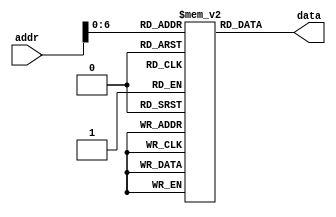
`timescale 1ns / 1ps
//////////////////////////////////////////////////////////////////////////////////
// Company: 
// Engineer: 
// 
// Design Name: 
// Module Name:    instruction 
// Project Name: 
// Target Devices: 
// Tool versions: 
// Description: 
//
// Dependencies: 
//
// Revision: 
// Revision 0.01 - File Created
// Additional Comments: 
//
//////////////////////////////////////////////////////////////////////////////////
module instruction(
input [31:0]addr,
output wire [31:0] data
    );
reg [31:0] IM [0:127];
	
	integer i=0;
	
	initial begin
	 for(i=0;i<32;i=i+1)
		begin
		 IM[i] =0;
		end
	   IM[100] = {16'b1000110000000001,16'b0};     // random initialize
		IM[104] = {16'b1000110000000010,16'b0};
		IM[108] = {16'b1000110000000010,16'b0};     // random initialize
		IM[112] = {16'b1000110000000010,16'b0};
		
	end

assign data = IM[addr[6:0]];

endmodule